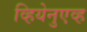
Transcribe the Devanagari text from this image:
व्हियेनुएव्ह